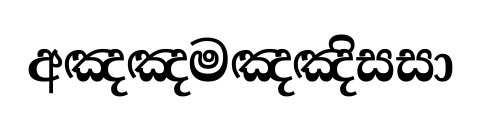
අඤඤමඤඤිසසා